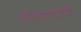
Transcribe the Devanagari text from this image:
अहिल्याबाईंची